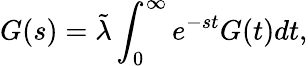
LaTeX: G(s)=\tilde{\lambda}\int_{0}^{\infty}e^{-st}G(t)dt,